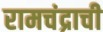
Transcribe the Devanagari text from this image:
रामचंद्राची